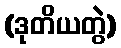
(ဒုတိယတွဲ)